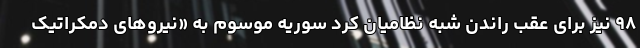
۹۸ نیز برای عقب راندن شبه نظامیان کرد سوریه موسوم به «نیروهای دمکراتیک